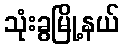
သုံးခွမြို့နယ်